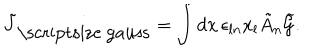
\tilde { J } _ { \mathrm { \scriptsize ~ g a u s s } } = \int { d { \bf x } \, \epsilon _ { l n } x _ { l } \tilde { A } _ { n } \tilde { \cal G } } .